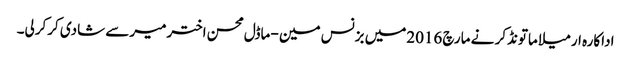
اداکارہ ارمیلا ماتونڈکر نے مارچ 2016میں بزنس مین -ماڈل محسن اخترمیرسے شادی کرکرلی۔